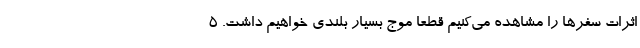
اثرات سفرها را مشاهده می‌کنیم قطعا موج بسیار بلندی خواهیم داشت. ۵